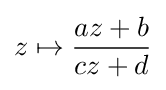
z\mapsto {\frac {az+b}{cz+d}}